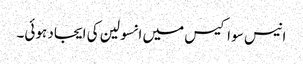
انیس سو اکیس میں انسولین کی ایجاد ہوئی۔